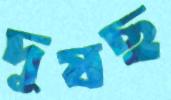
দুষছ